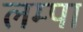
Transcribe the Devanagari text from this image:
लम्पा